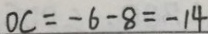
O C = - 6 - 8 = - 1 4